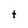
Character: t